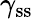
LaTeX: \gamma_{\textrm{ss}}